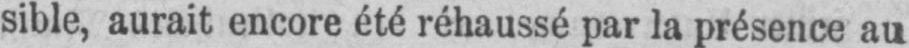
sible, aurait encore été réhaussé par la présence au